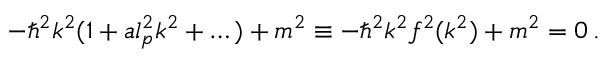
- \hbar ^ { 2 } k ^ { 2 } ( 1 + a l _ { p } ^ { 2 } k ^ { 2 } + \dots ) + m ^ { 2 } \equiv - \hbar ^ { 2 } k ^ { 2 } f ^ { 2 } ( k ^ { 2 } ) + m ^ { 2 } = 0 \, .